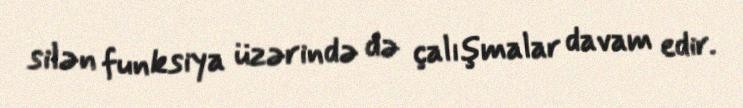
silən funksiya üzərində də çalışmalar davam edir.